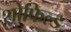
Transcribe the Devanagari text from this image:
शोफिल्ड